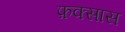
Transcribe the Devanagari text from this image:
फ़क्सास